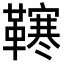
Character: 𩍎